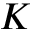
K